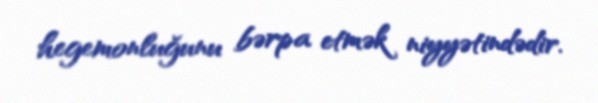
hegemonluğunu bərpa etmək niyyətindədir.